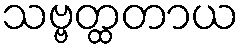
သဗ္ဗတ္ထတာယ